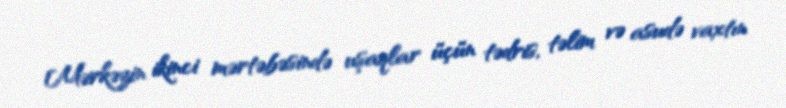
Mərkəzin ikinci mərtəbəsində uşaqlar üçün tədris, təlim və asudə vaxtın